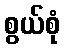
စွယ်စုံ